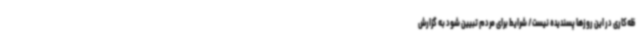
ظه‌کاری در این روزها پسندیده نیست/ شرایط برای مردم تبیین شود به گزارش